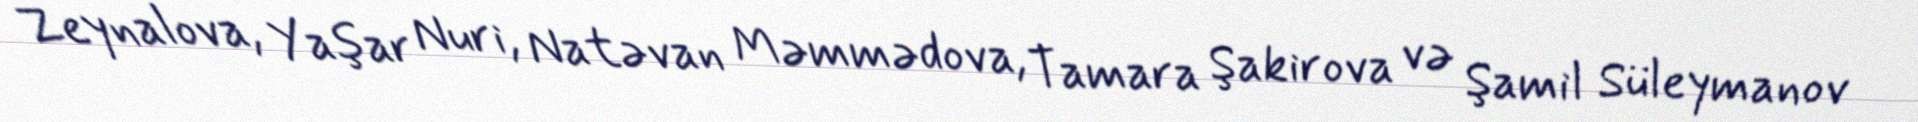
Zeynalova, Yaşar Nuri, Natəvan Məmmədova, Tamara Şakirova və Şamil Süleymanov